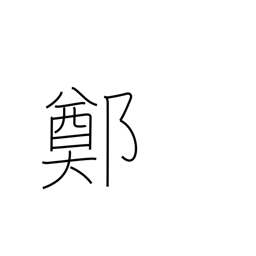
Meaning: an ancient Chinese province